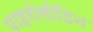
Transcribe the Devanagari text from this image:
पाइरोलीडिन